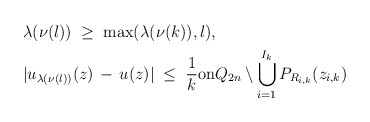
\begin{align*}&\lambda (\nu(l)) \; \ge \; \max ( \lambda (\nu(k)), l),\\&| u_{\lambda (\nu(l))} (z) \, - \, u (z) | \; \le \; \frac 1k {\mathrm{on}} Q_{2n} \setminus \bigcup_{i=1}^{I_{k}} P_{R_{i,k}} (z_{i,k})\end{align*}